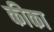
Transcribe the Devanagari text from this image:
कीका